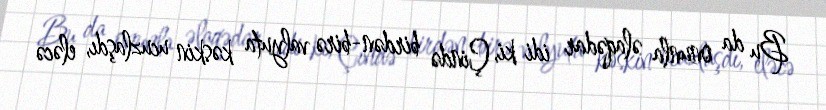
Bu da onunla əlaqədar idi ki, Çində birdən-birə valyuta kəskin ucuzlaşdı, eləcə